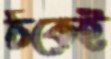
ঠকেই